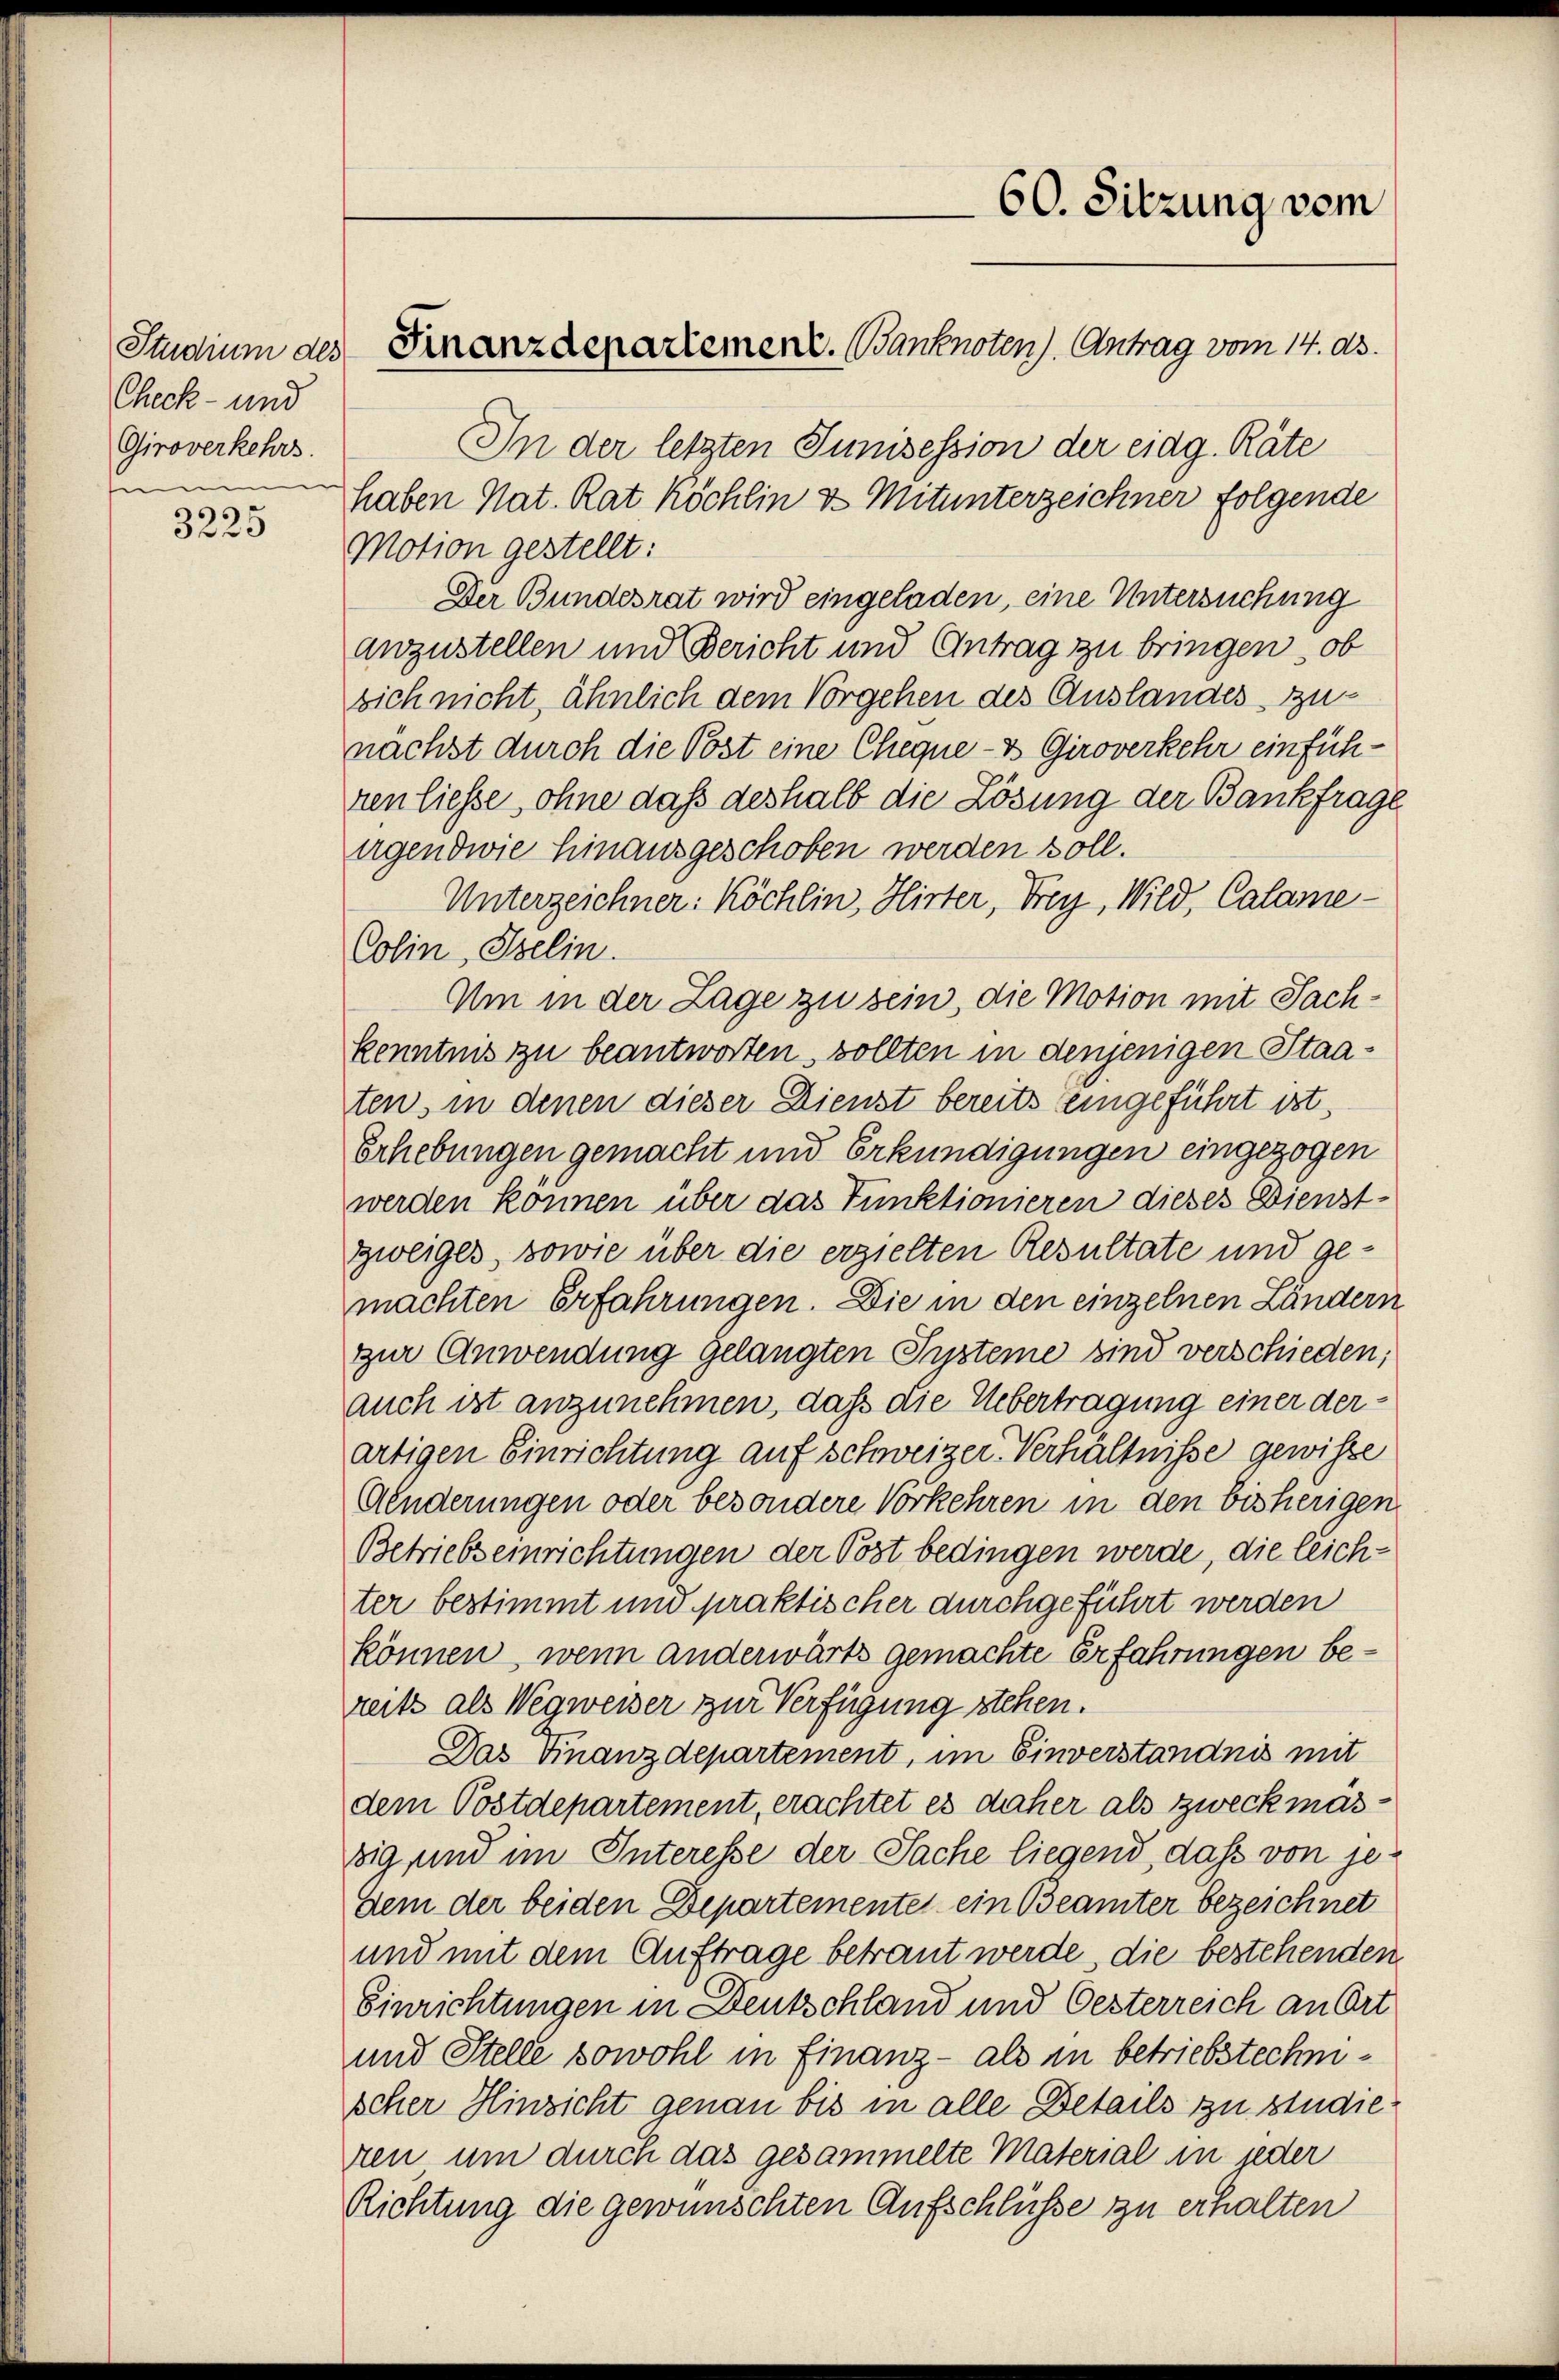
Check- und
Giroverkehrs.
summe

e
322.

60. Sitzung vom
Studium des Finanzdepartement. Banknoten). Antrag vom 14. ds.

In der letzten Junisession der eidg. Räte
haben Nat. Rat Köchlin & Mitunterzeichner folgende
Motion gestellt:
Der Bundesrat wird eingeladen, eine Untersuchung
anzustellen und Bericht und Antrag zu bringen, ob
sich nicht, ähnlich dem Vorgehen des Auslandes zunächst durch die Post eine Chegne- & Giroverkehr einführen liesse, ohne daß deshalb die Lösung der Bankfrage
irgendwie hinausgeschoben werden soll.
Unterzeichner: Köchlin, Hirter, Frey, Wild, Calame¬
Colin, Iselin.
Um in der Lage zu sein, die Motion mit Sachkenntnis zu beantworten, sollten in denjenigen Staaten, in denen dieser Dienst bereits eingeführt ist,
Erhebungen gemacht und Erkundigungen eingezogen
werden können über das Tunktionieren dieses Dienstzweiges, sowie über die erzielten Resultate und gemachten Erfahrungen. Die in den einzelnen Ländern
zur Anwendung gelangten Systeme sind verschieden;
auch ist anzunehmen, daß die Uebertragung einer derartigen Einrichtung auf schweizer Verhältnisse gewisse
Änderungen oder besondere Vorkehren in den bisherigen
Betriebseinrichtungen der Post bedingen werde, die leichter bestimmt und praktischer durchgeführt werden
können, wenn anderwärts gemachte Erfahrungen bereits als Wegweiser zur Verfügung stehen.
Das Finanzdepartement, im Einverständnis mit
dem Postdepartement, erachtet es daher als zweckmäszig und im Interesse der Sache liegend, dass von jedem der beiden Departementes ein Beamter bezeichnet
und mit dem Auftrage betraut werde, die bestehenden
Einrichtungen in Deutschland und Oesterreich an Ort
und Stelle sowohl in Finanz- als in betriebstechnischer Hinsicht genau bis in alle Details zu studieren um durch das gesammelte Material in jeder
Richtung die gewünschten Aufschlüsse zu erhalten